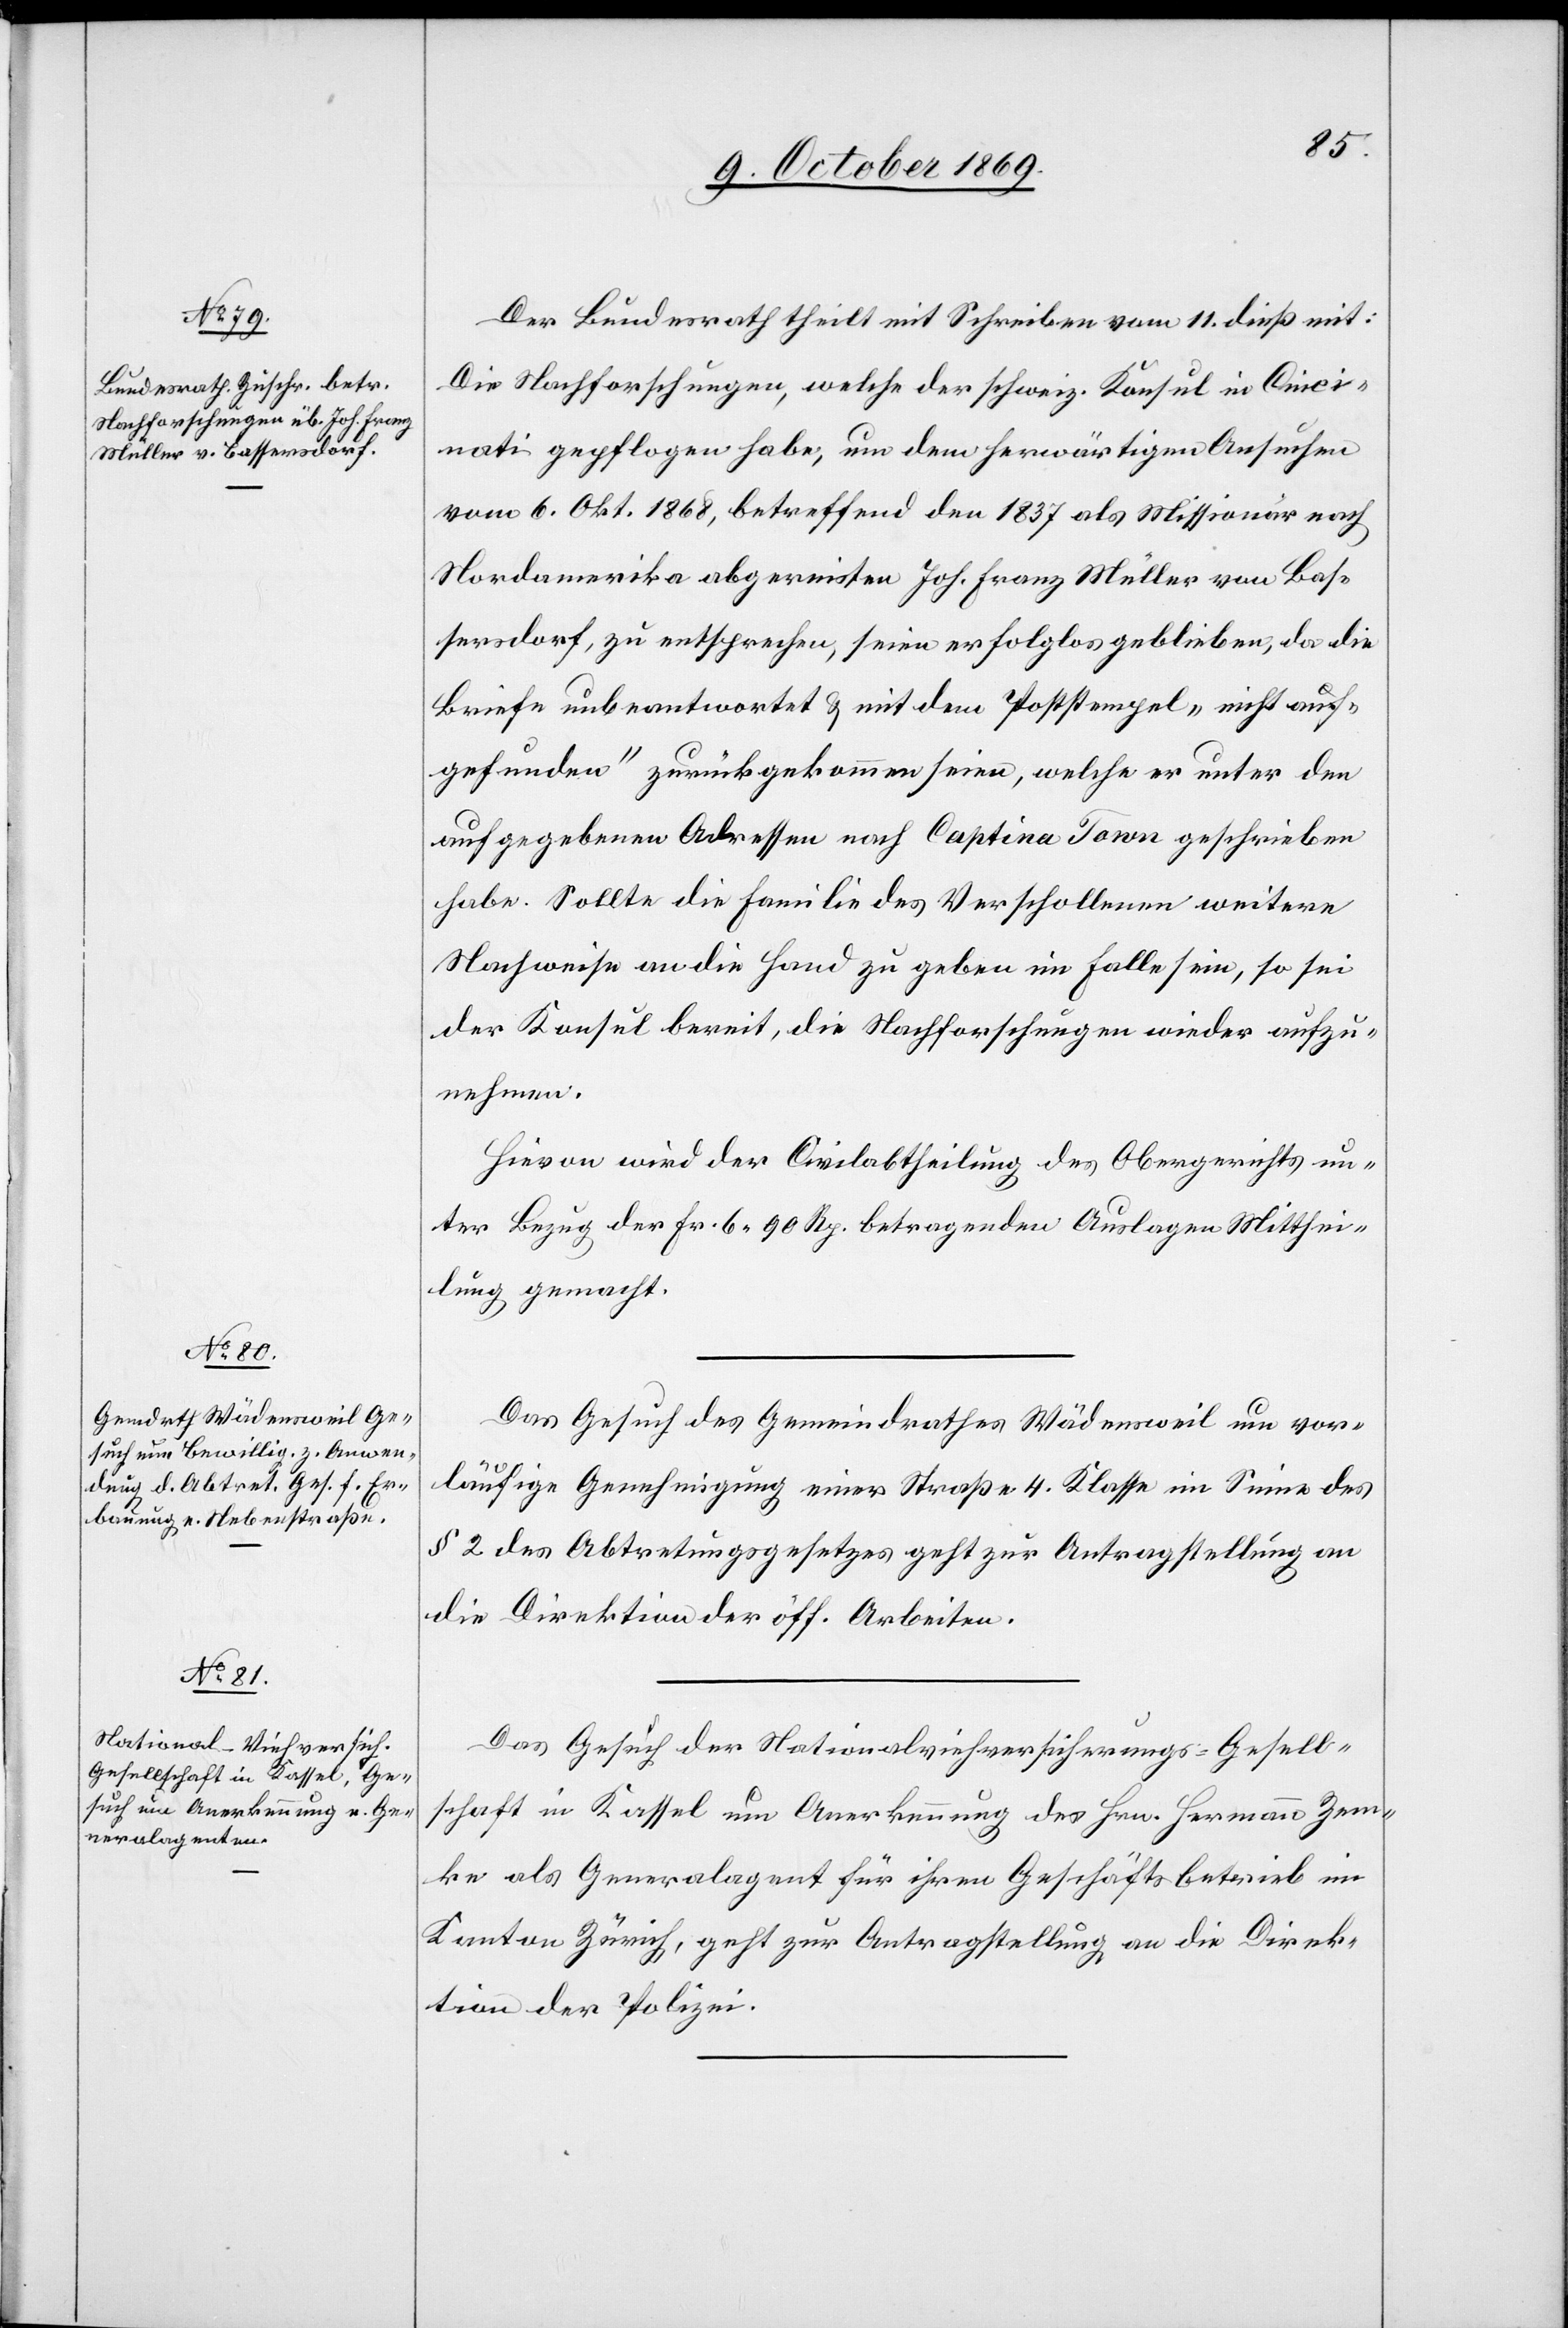
15. October 1869.]
Der Bundesrath theilt mit Schreiben vom 11. dieß mit:
Die Nachforschungen, welche der schweiz. Konsul in Cinci¬
nati gepflogen habe, um dem herwärtigen Ansuchen
vom 6. Okt. 1868, betreffend den 1837 als Missionär nach
Nordamerika abgereisten Joh. Franz Müller von Bas¬
sersdorf, zu entsprechen, seien erfolglos geblieben, da die
Briefe unbeantwortet & mit dem Poststempel „nicht auf¬
gefunden“ zurückgekommen seien, welche er unter den
aufgegebenen Adressen nach Captina Town geschrieben
habe. Sollte die Familie des Verschollenen weitere
Nachweise an die Hand zu geben im Falle sein, so sei
der Konsul bereit, die Nachforschungen wieder aufzu¬
nehmen.
Hievon wird der Civilabtheilung des Obergerichts un¬
ter Bezug der Fr. 6 90 Rp. betragenden Auslagen Mitthei¬
lung gemacht.
Das Gesuch des Gemeindrathes Wädensweil um vor¬
läufige Genehmigung einer Straße 4. Klasse im Sinne des
§ 2 des Abtretungsgesetzes geht zur Antragstellung an
die Direktion der öff. Arbeiten.
Das Gesuch der Nationalviehversicherungs-Gesell¬
schaft in Kassel um Anerkennung des Hrn. Hermann Zem¬
ke als Generalagent für ihren Geschäftsbetrieb im
Kanton Zürich, geht zur Antragstellung an die Direk¬
tion der Polizei.